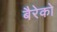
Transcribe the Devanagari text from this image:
बैरेको